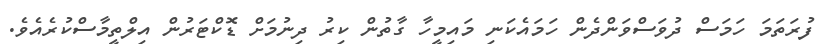
ފުރަތަމަ ހަމަސް ދުވަސްވަންދެން ހަމައެކަނި މައިމީހާ ގާތުން ކިރު ދިނުމަށް ޑޮކްޓަރުން އިލްތީމާސްކުރެއެވެ.